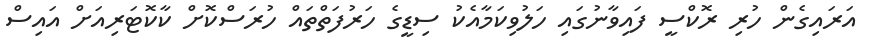
އަރައިގެން ހުރި ރޮކްސީ ފައިވާނުގައި ހަލުވިކަމާއެކު ސިޑީގެ ހަރުފަތްތައް ހުރަސްކޮށް ކާކޮޓަރިއަށް އައިސް